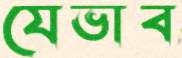
যেভাব